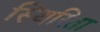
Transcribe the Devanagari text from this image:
स्थिरिता